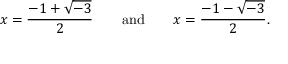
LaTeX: x = { \frac { - 1 + { \sqrt { - 3 } } } { 2 } } \quad \quad { \mathrm { a n d } } \quad \quad x = { \frac { - 1 - { \sqrt { - 3 } } } { 2 } } .